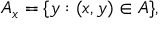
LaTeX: A _ { x } = \{ y : ( x , y ) \in A \} ,